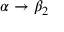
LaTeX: \alpha \rightarrow \beta _ { 2 }